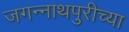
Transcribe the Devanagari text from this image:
जगन्‍नाथपुरीच्या